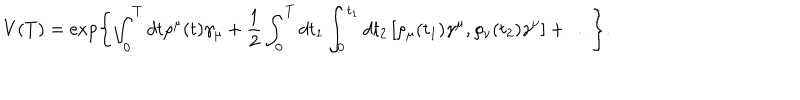
LaTeX: V ( T ) = \exp \Biggl \{ \int _ { 0 } ^ { T } d t \rho ^ { \mu } ( t ) \gamma _ { \mu } + \frac { 1 } { 2 } \int _ { 0 } ^ { T } d t _ { 1 } \int _ { 0 } ^ { t _ { 1 } } d t _ { 2 } \left[ \rho _ { \mu } ( t _ { 1 } ) \gamma ^ { \mu } , \rho _ { \nu } ( t _ { 2 } ) \gamma ^ { \nu } \right] + \ldots \Biggr \} .